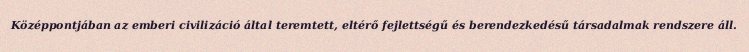
Középpontjában az emberi civilizáció által teremtett, eltérő fejlettségű és berendezkedésű társadalmak rendszere áll.